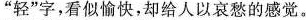
”轻”字，看似愉快，却给人以哀愁的感觉。